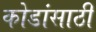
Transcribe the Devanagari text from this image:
कोडांसाठी